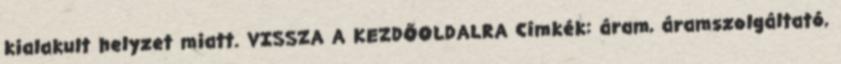
kialakult helyzet miatt. VISSZA A KEZDŐOLDALRA Címkék: áram, áramszolgáltató,